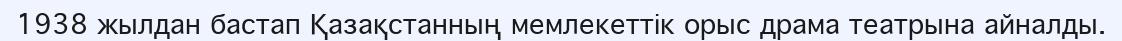
1938 жылдан бастап Қазақстанның мемлекеттік орыс драма театрына айналды.